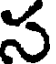
స